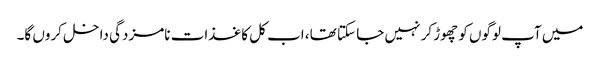
میں آپ لوگوں کو چھوڑ کر نہیں جا سکتا تھا، اب کل کاغذات نامزدگی داخل کروں گا۔